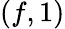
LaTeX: (f,1)